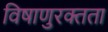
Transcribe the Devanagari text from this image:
विषाणुरक्तता